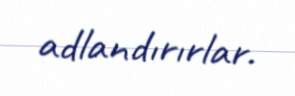
adlandırırlar.